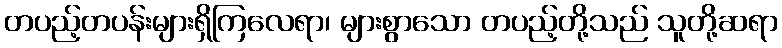
တပည့်တပန်းများရှိကြလေရာ၊ များစွာသော တပည့်တို့သည် သူတို့ဆရာ